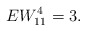
\begin{align*} EW_{11}^{4}=3.\end{align*}